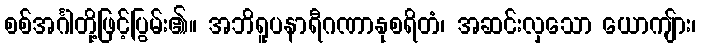
စစ်အင်္ဂါတို့ဖြင့်ပြွမ်း၏။ အဘိရူပနာရီဂဏာနုစရိတံ၊ အဆင်းလှသော ယောကျ်ား၊